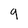
Character: 9